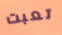
تعبت